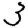
Digit: 3